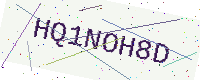
Text: HQ1NOH8D